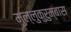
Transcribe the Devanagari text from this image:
मुल्लुकुरुम्बास